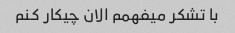
با تشکر میفهمم الان چیکار کنم